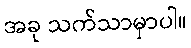
အခု သက်သာမှာပါ။